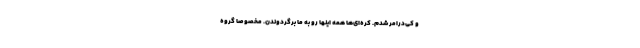
و کی‌درامر شدم. کره‌ای‌ها همه اینها رو به ما برگردوندن. مخصوصا گروه